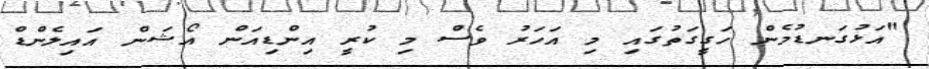
"އަޅުގަނޑުމެން ހަގީގަތުގައި މި އަހަރު ވެސް މި ކުރީ އިންޑިއަން އޯޝަން އައިލެންޑް